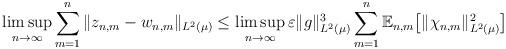
LaTeX: \begin{align*} \limsup_{n \to \infty} \sum_{m=1}^n \| z_{n,m} - w_{n,m}\|_{L^2 (\mu)} \leq \limsup_{n \to \infty} \varepsilon \|g\|_{L^2 (\mu)}^3 \sum_{m=1}^n\mathbb{E}_{n,m}\big[\|\chi_{n,m}\|_{L^2 (\mu)} ^2\big]\end{align*}